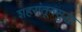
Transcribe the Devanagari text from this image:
शहरांतूनसुद्धा